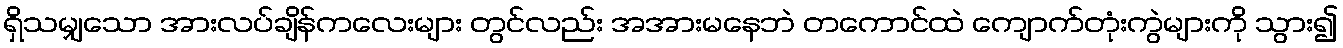
ရှိသမျှသော အားလပ်ချိန်ကလေးများ တွင်လည်း အအားမနေဘဲ တကောင်ထဲ ကျောက်တုံးကွဲများကို သွား၍